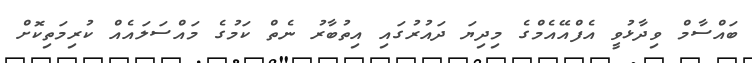
ބައްސާމް ވިދާޅުވީ އެފްއޭއެމްގެ މިދިޔަ ދައުުރުގައި އިތުބާރު ނެތް ކަމުގެ މައްސަލައެއް ކުރިމަތިކޮށް